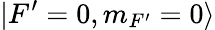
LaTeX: |F^{\prime}=0,m_{F^{\prime}}=0\rangle